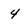
Character: 4